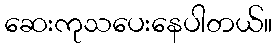
ဆေးကုသပေးနေပါတယ်။